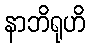
နာဘိရုဟိ